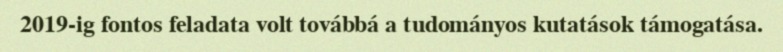
2019-ig fontos feladata volt továbbá a tudományos kutatások támogatása.